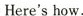
Here's how.